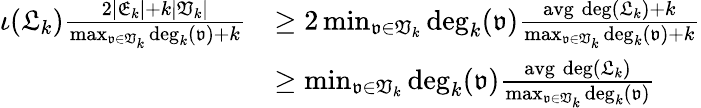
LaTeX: \begin{array}{rl}{\iota(\mathfrak{L}_{k})\frac{2|\mathfrak{E}_{k}|+k|\mathfrak{V}_{k}|}{\operatorname*{max}_{\mathfrak{v}\in\mathfrak{V}_{k}}\mathrm{deg}_{k}(\mathfrak{v})+k}}&{\geq 2\operatorname*{min}_{\mathfrak{v}\in\mathfrak{V}_{k}}\mathrm{deg}_{k}(\mathfrak{v})\frac{\mathrm{avg\; deg}(\mathfrak{L}_{k})+k}{\operatorname*{max}_{\mathfrak{v}\in\mathfrak{V}_{k}}\mathrm{deg}_{k}(\mathfrak{v})+k}}\\ &{\geq\operatorname*{min}_{\mathfrak{v}\in\mathfrak{V}_{k}}\mathrm{deg}_{k}(\mathfrak{v})\frac{\mathrm{avg\; deg}(\mathfrak{L}_{k})}{\operatorname*{max}_{\mathfrak{v}\in\mathfrak{V}_{k}}\mathrm{deg}_{k}(\mathfrak{v})}}\end{array}